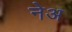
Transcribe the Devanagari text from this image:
नेअ